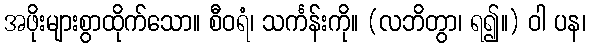
အဖိုးများစွာထိုက်သော။ စီဝရံ၊ သင်္ကန်းကို။ (လဘိတွာ၊ ရ၍။) ဝါ ပန၊